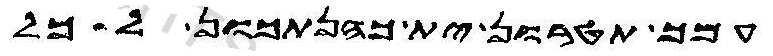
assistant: עמך תטרון ית כהנתכון לכל